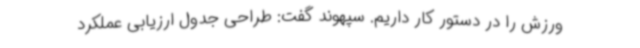
ورزش را در دستور کار داریم. سپهوند گفت: طراحی جدول ارزیابی عملکرد